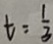
t = \frac { 1 } { 3 }